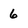
Character: 6